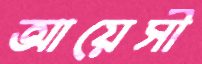
আয়েসী